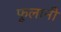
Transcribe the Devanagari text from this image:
फूलानी